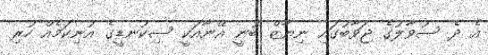
އެ ދެ ސުވާލުގެ ޖަވާބުގައި ނިޔާޒް ބުނީ އޭނާއަކީ ސިކުނޑީގެ އުނިކަމެއް ހުރި